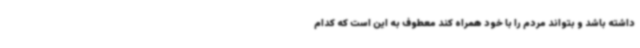
داشته باشد و بتواند مردم را با خود همراه کند معطوف به این است که کدام